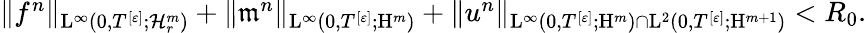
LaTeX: \begin{array}{r}{\Vert f^{n}\Vert_{\mathrm{L}^{\infty}(0,T^{[\varepsilon]};\mathcal{H}_{r}^{m})}+\Vert\mathfrak{m}^{n}\Vert_{\mathrm{L}^{\infty}(0,T^{[\varepsilon]};\mathrm{H}^{m})}+\Vert u^{n}\Vert_{\mathrm{L}^{\infty}(0,T^{[\varepsilon]};\mathrm{H}^{m})\cap\mathrm{L}^{2}(0,T^{[\varepsilon]};\mathrm{H}^{m+1})}<R_{0}.}\end{array}